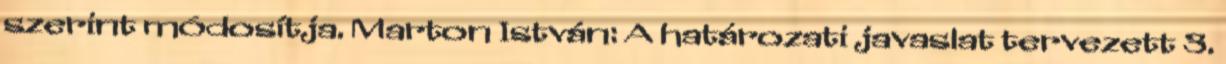
szerint módosítja. Marton István: A határozati javaslat tervezett 3.